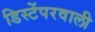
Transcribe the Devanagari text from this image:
डिस्टेंपरवाली